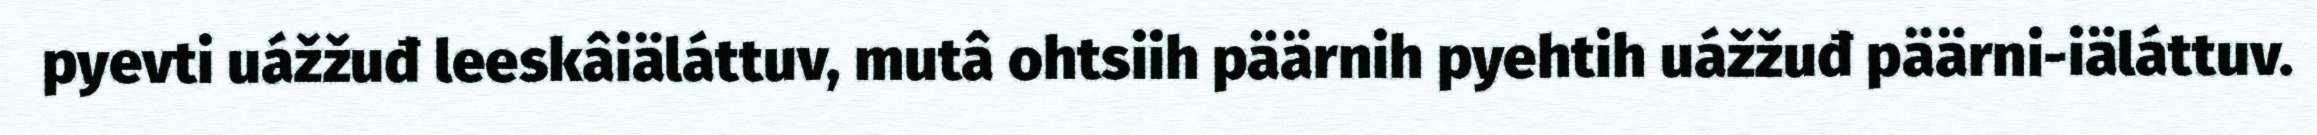
pyevti uážžuđ leeskâiäláttuv, mutâ ohtsiih päärnih pyehtih uážžuđ päärni-iäláttuv.